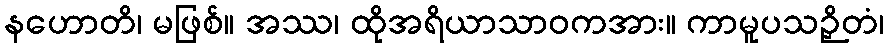
နဟောတိ၊ မဖြစ်။ အဿ၊ ထိုအရိယာသာဝကအား။ ကာမူပသဉှိတံ၊